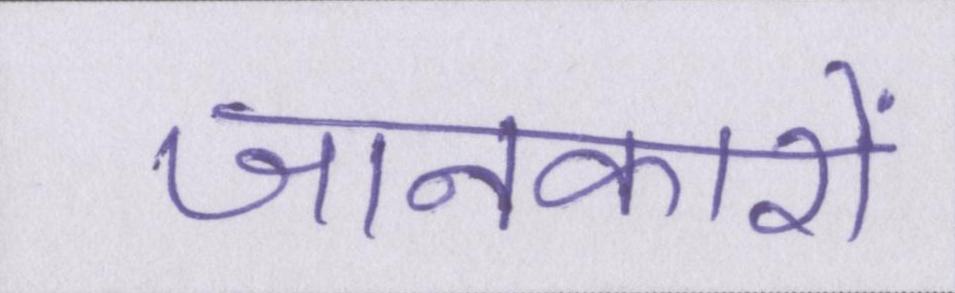
जानकारों